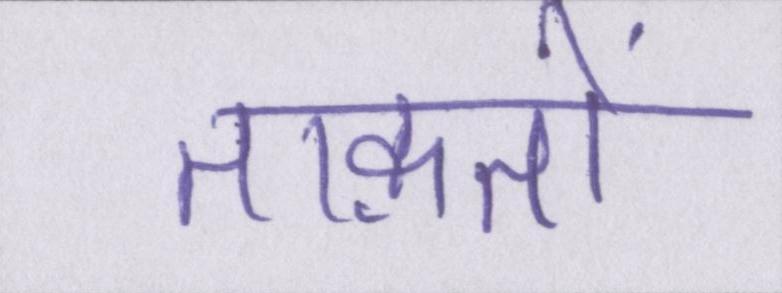
ताक़तों